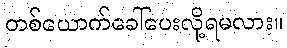
တစ်ယောက်ခေါ်ပေးလို့ရမလား။